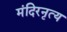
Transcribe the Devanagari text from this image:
मंदिरनृत्य